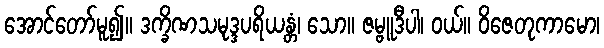
အောင်တော်မူ၍။ ဒက္ခိဏသမုဒ္ဒပရိယန္တံ၊ သော။ ဇမ္ဗူဒီပါ၊ ဝယ်။ ဝိဇေတုကာမော၊